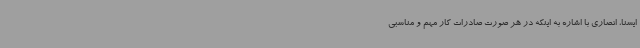
ایسنا، انصاری با اشاره به اینکه در هر صورت صادرات کار مهم و مناسبی